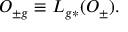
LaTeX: { \cal O } _ { \pm g } \equiv L _ { g * } ( { \cal O } _ { \pm } ) .